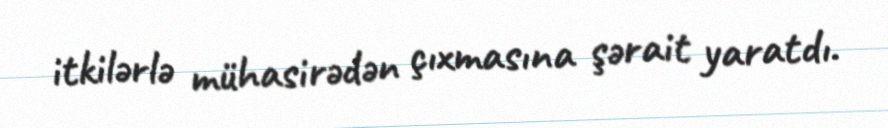
itkilərlə mühasirədən çıxmasına şərait yaratdı.